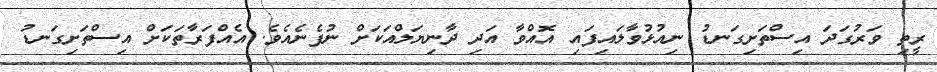
ރީތި ވަރުގަދަ އިސްތަށިގަނޑު ނިއުޅުވާލައިފައި އޮއްވާ އަދި ދާނިޔަލްއަކަށް ނުފެނެއެވެ. އެއްފަރާތަކަށް އިސްތަށިގަނޑު